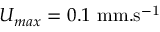
U _ { m a x } = 0 . 1 ~ \mathrm { m m . s ^ { - 1 } }